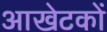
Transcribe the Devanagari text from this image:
आखेटकों